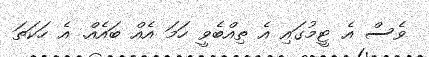
ވެސް އެ ޓީމުގައި އެ ތިއްބެވީ ހަމަ އެއް ބައެއް. އެ ހަކަތަ